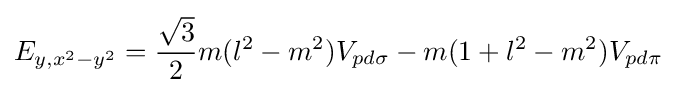
E_{y,x^{2}-y^{2}}={\frac {\sqrt {3}}{2}}m(l^{2}-m^{2})V_{pd\sigma }-m(1+l^{2}-m^{2})V_{pd\pi }